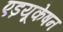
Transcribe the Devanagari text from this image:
एड़यूकेषन